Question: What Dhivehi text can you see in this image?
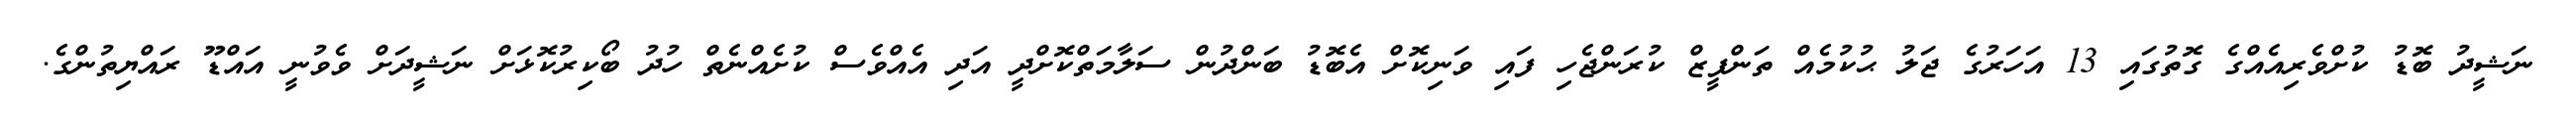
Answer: ނަޝީދު ބޮޑު ކުށްވެރިއެއްގެ ގޮތުގައި 13 އަހަރުގެ ޖަލު ޙުކުމެއް ތަންފީޒް ކުރަންޖެހި ފައި ވަނިކޮށް އެބޮޑު ބަންދުން ސަލާމަތްކޮށްދީ އަދި އެއްވެސް ކުށެއްނެތް ހުދު ބޯކިރުކޮޅަށް ނަޝީދަށް ވެވުނީ އައްޑޫ ރައްޔިތުންގެ.